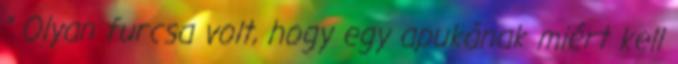
” Olyan furcsa volt, hogy egy apukának miért kell